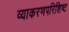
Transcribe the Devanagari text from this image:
व्याकरणपरिशिष्ट